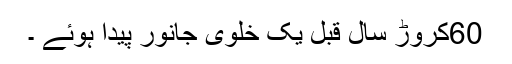
60کروڑ سال قبل یک خلوی جانور پیدا ہوئے ۔